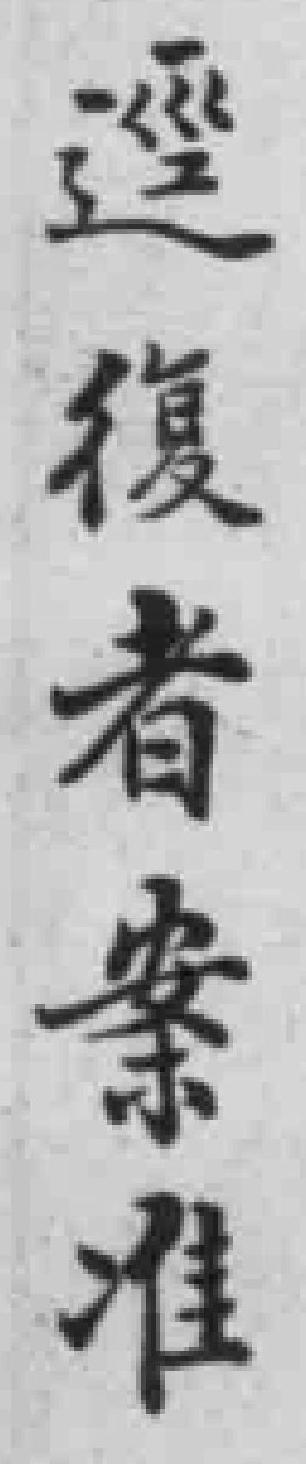
逕復者案准